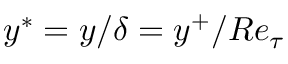
y ^ { \ast } = y / \delta = y ^ { + } / R e _ { \tau }